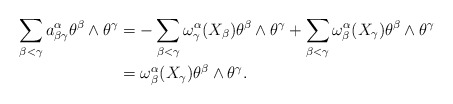
\begin{align*}\sum_{\beta < \gamma} a_{\beta \gamma}^{\alpha} \theta^{\beta} \wedge \theta^{\gamma} &= - \sum_{\beta <\gamma}\omega_{\gamma}^{\alpha} (X_{\beta}) \theta^{\beta} \wedge \theta^{\gamma}+ \sum_{\beta <\gamma} \omega_{\beta}^{\alpha} (X_{\gamma})\theta^{\beta} \wedge \theta^{\gamma} \\&= \omega_{\beta}^{\alpha} (X_{\gamma}) \theta^{\beta} \wedge \theta^{\gamma}.\end{align*}